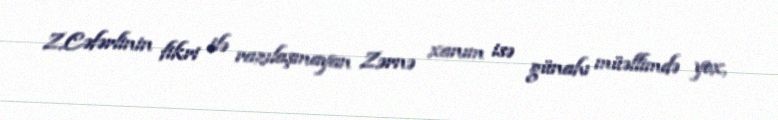
Z.Cəfərlinin fikri ilə razılaşmayan Zərnə xanım isə günahı müəllimdə yox,